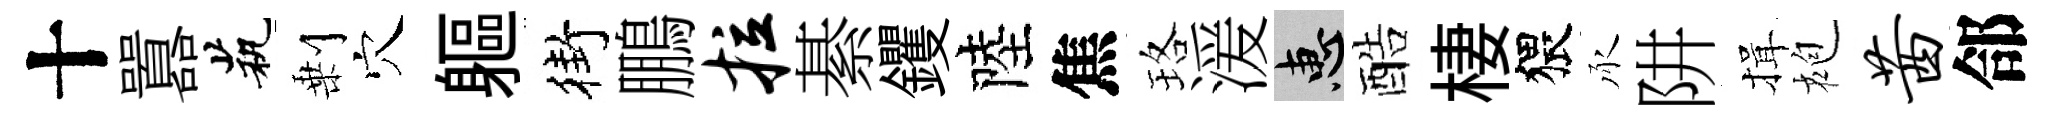
十囂茕剰穴軀街鵬拉綦钁陸焦珞湲惠酷棲猥承阱揖袍茜郃